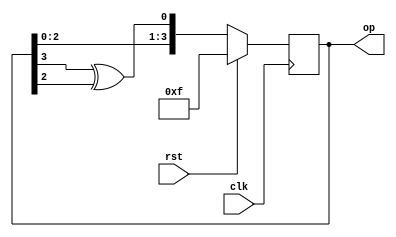
module lfsr(input clk, rst, output reg [3:0] op);
  always@(posedge clk) begin
    if(rst) op <= 4'hf;
    else op = {op[2:0],(op[3]^op[2])};
  end
endmodule